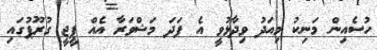
ހުސެއިން މަނިކު މިއަދު ވިދާޅުވީ އެ ފަދަ މަޝްވަރާ އެއް ޕީޖީ ގުރޫޕުގައި